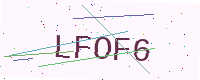
Text: LFOF6